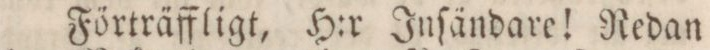
Förträffligt, H:r Inſändare! Redan